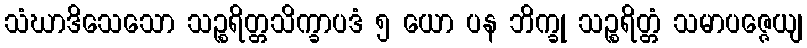
သံဃာဒိသေသော သဉ္စရိတ္တသိက္ခာပဒံ ၅ ယော ပန ဘိက္ခု သဉ္စရိတ္တံ သမာပဇ္ဇေယျ